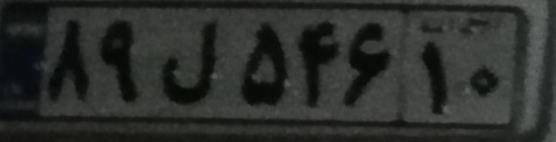
۸۹ل۵۴۶۱۰